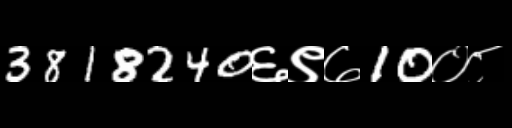
Text: 3818240६९७10०८